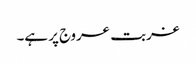
غربت عروج پر ہے۔